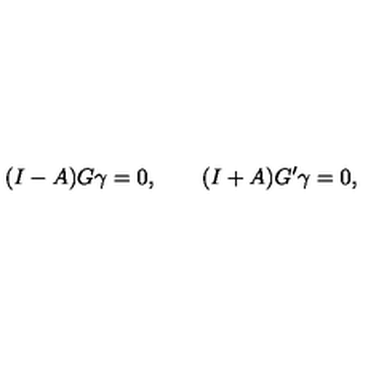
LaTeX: ( I - A ) G \gamma = 0 , \qquad ( I + A ) G ^ { \prime } \gamma = 0 ,